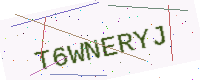
Text: T6WNERYJ